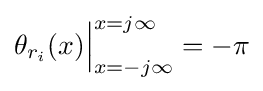
\theta _{r_{i}}(x){\Big |}_{x=-j\infty }^{x=j\infty }=-\pi